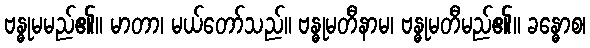
ဗန္ဓုမမည်၏။ မာတာ၊ မယ်တော်သည်။ ဗန္ဓုမတီနာမ၊ ဗန္ဓုမတီမည်၏။ ခန္ဓောစ၊